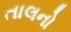
તાલનો